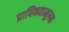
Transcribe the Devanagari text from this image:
प्रायिकतामूलक